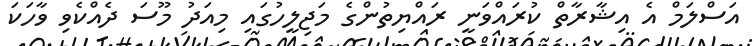
އަސްލަމް އެ އިޝާރާތް ކުރައްވަނީ ރައްޔިތުންގެ މަޖިލީހުގައި މިއަދު މޫސަ ދެއްކެވި ވާހަކަ